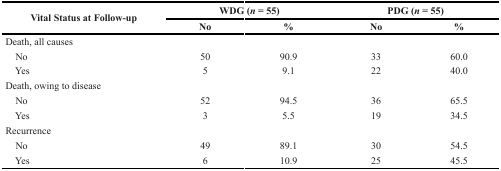
<table><thead><tr><td rowspan="2"><b>Vital Status at Follow-up</b></td><td colspan="2"><b>WDG (<i>n</i> = 55)</b></td><td colspan="2"><b>PDG (<i>n</i> = 55)</b></td></tr><tr><td><b>No</b></td><td><b>%</b></td><td><b>No</b></td><td><b>%</b></td></tr></thead><tbody><tr><td colspan="5">Death, all causes</td></tr><tr><td>No</td><td>50</td><td>90.9</td><td>33</td><td>60.0</td></tr><tr><td>Yes</td><td>5</td><td>9.1</td><td>22</td><td>40.0</td></tr><tr><td colspan="5">Death, owing to disease</td></tr><tr><td>No</td><td>52</td><td>94.5</td><td>36</td><td>65.5</td></tr><tr><td>Yes</td><td>3</td><td>5.5</td><td>19</td><td>34.5</td></tr><tr><td colspan="5">Recurrence</td></tr><tr><td>No</td><td>49</td><td>89.1</td><td>30</td><td>54.5</td></tr><tr><td>Yes</td><td>6</td><td>10.9</td><td>25</td><td>45.5</td></tr></tbody></table>